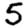
Digit: 5